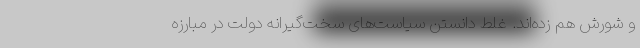
و شورش هم زده‌اند. غلط دانستن سیاست‌های سخت‌گیرانه دولت در مبارزه